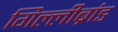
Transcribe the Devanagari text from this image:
गिल्लीब्रांड